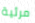
مرئية